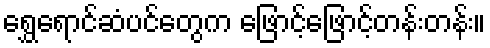
ရွှေရောင်ဆံပင်တွေက ဖြောင့်ဖြောင့်တန်းတန်း။